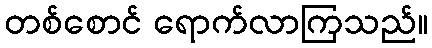
တစ်စောင် ရောက်လာကြသည်။